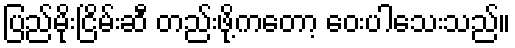
ပြည်မိုးငြိမ်းဆီ တည်းဖို့ကတော့ ဝေးပါသေးသည်။